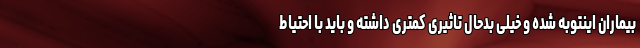
بیماران اینتوبه شده و خیلی بدحال تاثیری کمتری داشته و باید با احتیاط